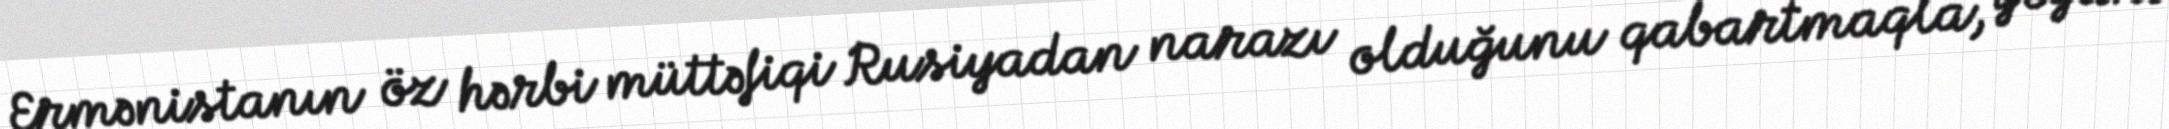
Ermənistanın öz hərbi müttəfiqi Rusiyadan narazı olduğunu qabartmaqla, yeganə